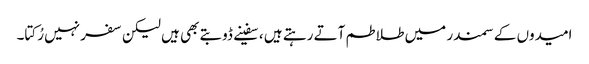
امیدوں کے سمندر میں طلاطم آتے رہتے ہیں ، سفینے ڈوبتے بھی ہیں لیکن سفر نہیں رُکتا۔